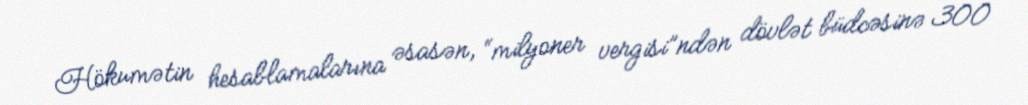
Hökumətin hesablamalarına əsasən, “milyoner vergisi”ndən dövlət büdcəsinə 300